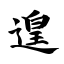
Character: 遑